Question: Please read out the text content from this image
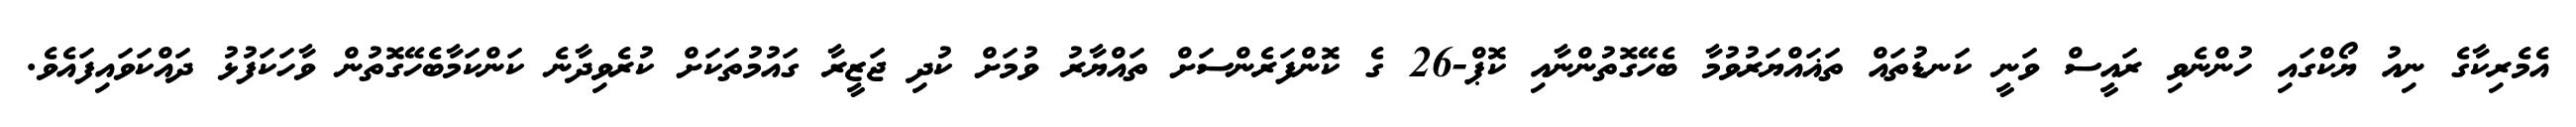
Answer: އެމެރިކާގެ ނިއު ޔޯކްގައި ހުންނެވި ރައީސް ވަނީ ކަނޑުތައް ތަޣައްޔަރުވުމާ ބެހޭގޮތުންނާއި ކޮޕް-26 ގެ ކޮންފަރެންސަށް ތައްޔާރު ވުމަށް ކުދި ޖަޒީރާ ގައުމުތަކަށް ކުރެވިދާނެ ކަންކަމާބެހޭގޮތުން ވާހަކަފުޅު ދައްކަވައިފައެވެ.